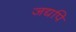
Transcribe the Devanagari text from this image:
जद्यपि